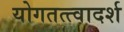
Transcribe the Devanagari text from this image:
योगतत्त्वादर्श